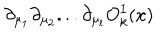
LaTeX: \partial _ { \mu _ { 1 } } \partial _ { \mu _ { 2 } } . . . \partial _ { \mu _ { l } } O _ { k } ^ { I } ( x )